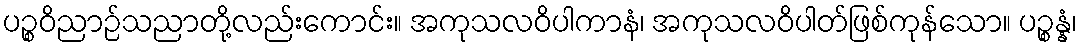
ပဉ္စဝိညာဉ်သညာတို့လည်းကောင်း။ အကုသလဝိပါကာနံ၊ အကုသလဝိပါတ်ဖြစ်ကုန်သော။ ပဉ္စန္နံ၊